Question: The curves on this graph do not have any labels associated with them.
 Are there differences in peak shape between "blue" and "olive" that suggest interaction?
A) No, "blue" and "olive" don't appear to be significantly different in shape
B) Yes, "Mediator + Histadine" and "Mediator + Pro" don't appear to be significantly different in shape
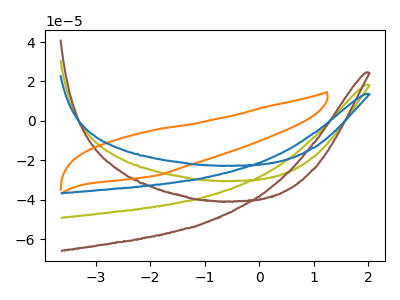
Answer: <think>The olive curve "olive" has no peaks. The brown curve "brown" has no peaks. The orange curve "orange" has no peaks. The blue curve "blue" has no peaks.
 Neither "blue" or "olive" have any peaks.</think>
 <answer>A) No, "blue" and "olive" don't appear to be significantly different in shape</answer>
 <eval>A</eval>